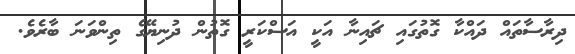
ދިރާސާތައް ދައްކާ ގޮތުގައި ޗައިނާ އަކީ އަސްކަރީ ގޮތުން ދުނިޔޭގެ ތިންވަނަ ބާރެވެ.